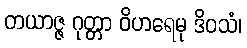
တယာဇ္ဇ ဂုတ္တာ ဝိဟရေမု ဒိဝသံ၊